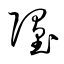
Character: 墮